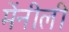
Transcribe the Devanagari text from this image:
मेंनीली